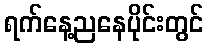
ရက်နေ့ညနေပိုင်းတွင်